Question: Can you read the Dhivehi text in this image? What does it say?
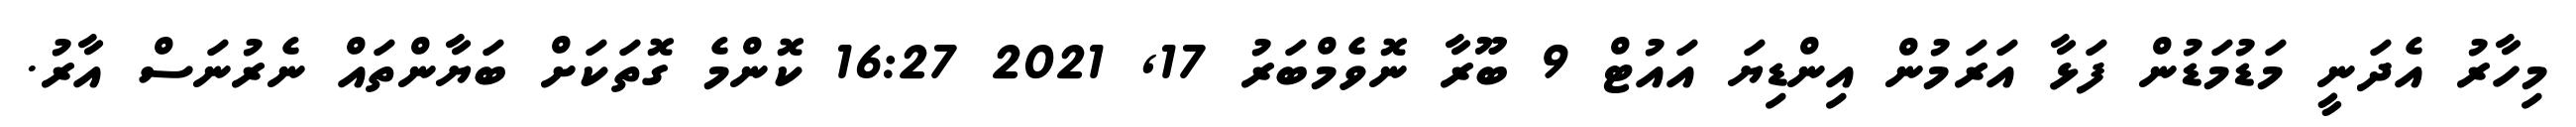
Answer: މިހާރު އެދަނީ މަޑުމަޑުން ފަޅާ އަރަމުން އިންޑިޔަ އައުޓް 9 ބޫރާ ނޮވެމްބަރު 17, 2021 16:27 ކޮންމެ ގޮތަކަށް ބަޔާންތައް ނެރުނަސް އާރު.